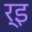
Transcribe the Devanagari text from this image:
र्इ